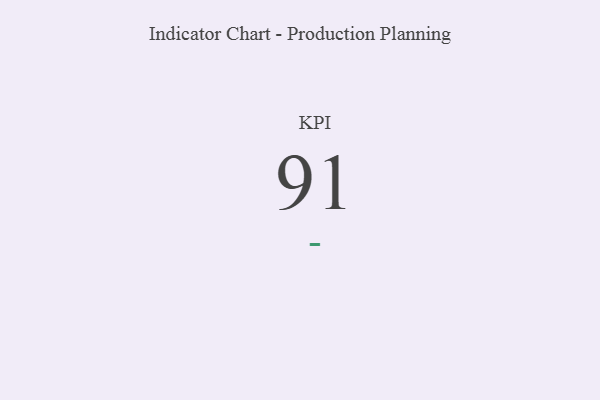
{"axis": {"x": "KPI", "y": "Value"}, "legend": [""], "data": [{"x": "KPI", "y": 91, "type": ""}]}